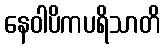
နေဝါပိကပရိသာတိ